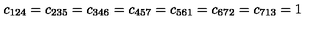
c _ { 1 2 4 } = c _ { 2 3 5 } = c _ { 3 4 6 } = c _ { 4 5 7 } = c _ { 5 6 1 } = c _ { 6 7 2 } = c _ { 7 1 3 } = 1